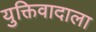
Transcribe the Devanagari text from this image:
युक्तिवादाला